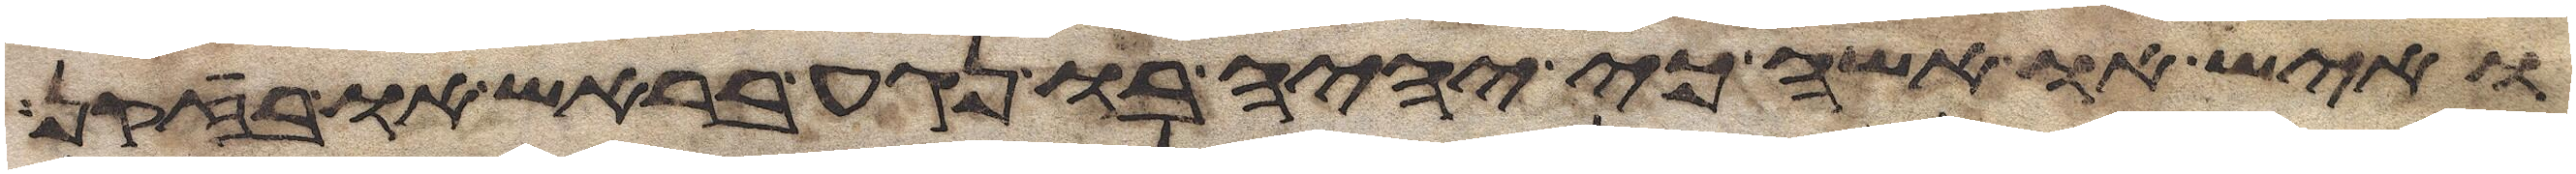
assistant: ואיש או אשה כי יהיה בו נגע בראש או בזקן